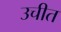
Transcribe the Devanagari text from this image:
उचीत